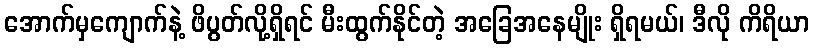
အောက်မှကျောက်နဲ့ ဖိပွတ်လို့ရှိရင် မီးထွက်နိုင်တဲ့ အခြေအနေမျိုး ရှိရမယ်၊ ဒီလို ကိရိယာ